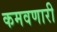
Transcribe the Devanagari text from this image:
कमवणारी